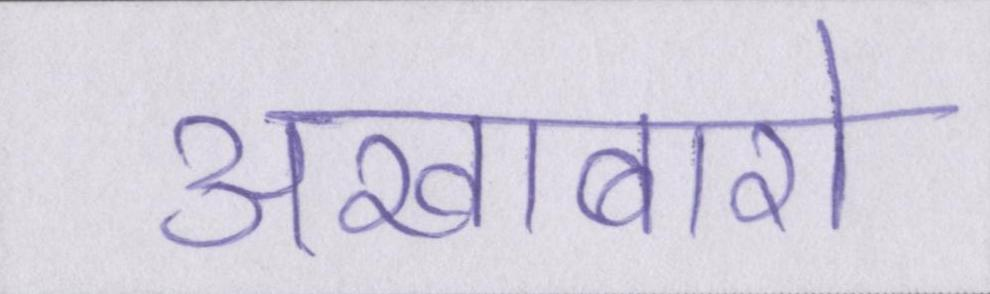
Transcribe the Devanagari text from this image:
अखाबारो